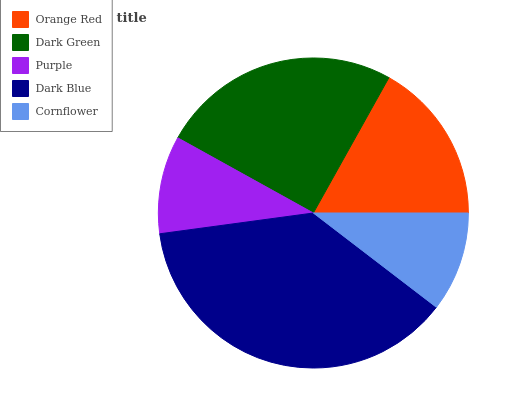
| Orange Red | Dark Green | Purple | Dark Blue | Cornflower |
 | --- | --- | --- | --- | --- |
 | 16.9% | 25% | 10.2% | 37.5% | 10.4% |